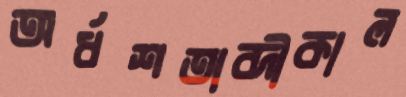
অর্ধশতাব্দীকাল